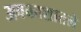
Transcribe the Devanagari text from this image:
अवकाशातले